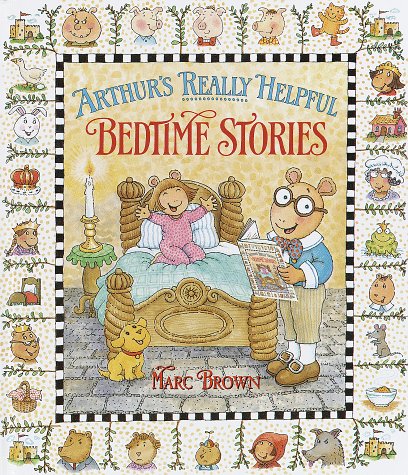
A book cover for Arthur's Really Helpful Bedtime Stories; Marc Brown; Children's Books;